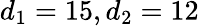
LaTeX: d_{1}=15,d_{2}=12